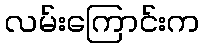
လမ်းကြောင်းက